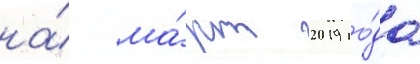
на́ ма́рт 2019 го́да